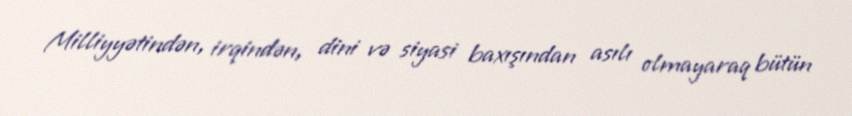
Milliyyətindən, irqindən, dini və siyasi baxışından asılı olmayaraq bütün